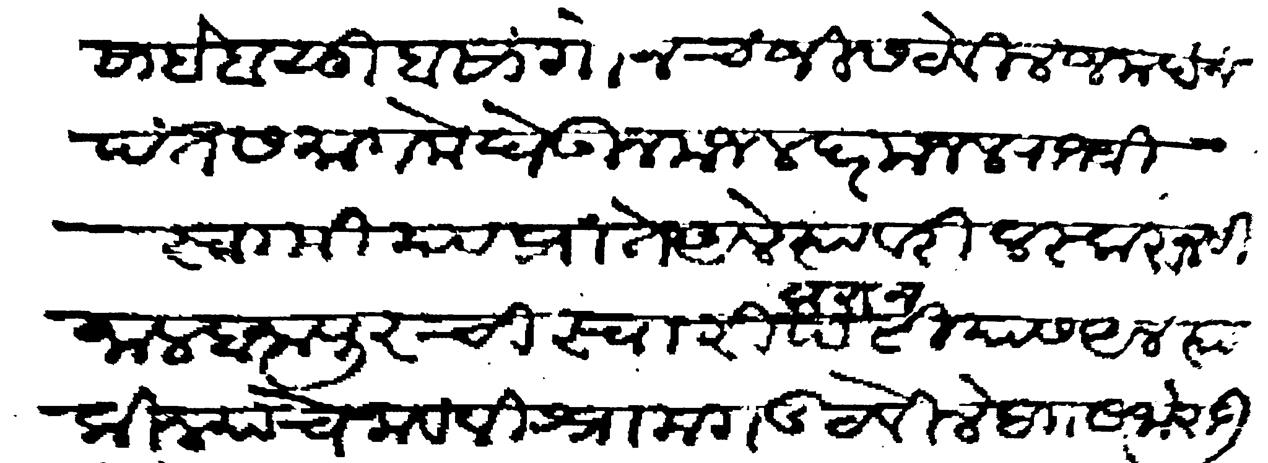
Transliteration (Devanagari): साहेब सुबा सांगोन चंजीस ठेविले जनार्दन पंत समागमे घेऊन मजल दर मजल राजश्री स्वामी या प्रांते आले त्यावरी लस्करानसी जालहानापुरची स्वारी करून पटीयास आले त्या किल्याचे नाव विश्रामगड ठेविले बाा सर्जाराऊ